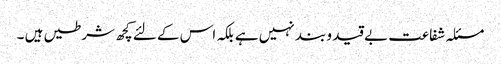
مسئلہ شفاعت بے قید و بند نہیں ہے بلکہ اس کے لئے کچھ شرطیں ہیں ۔